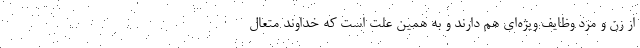
از زن و مرد وظایف ویژه‌ای هم دارند و به همین علت است که خداوند متعال